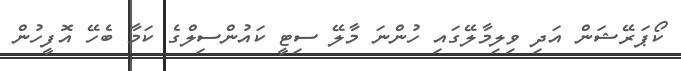
ކޯޕަރޭޝަން އަދި ވިލިމާލޭގައި ހުންނަ މާލޭ ސިޓީ ކައުންސިލްގެ ކަމާ ބެހޭ އޮފީހުން